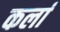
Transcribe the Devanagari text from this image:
कर्ला